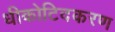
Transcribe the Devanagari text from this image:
धीकोटिदकरण